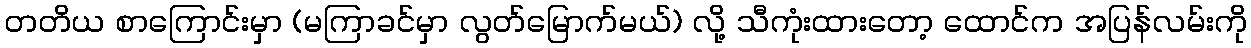
တတိယ စာကြောင်းမှာ (မကြာခင်မှာ လွတ်မြောက်မယ်) လို့ သီကုံးထားတော့ ထောင်က အပြန်လမ်းကို